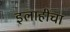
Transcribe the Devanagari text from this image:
इलाहींचा